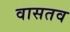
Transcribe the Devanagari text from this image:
वासतव